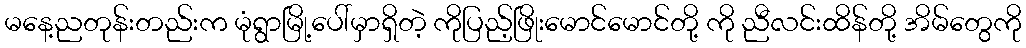
မနေ့ညတုန်းတည်းက မုံရွာမြို့ပေါ်မှာရှိတဲ့ ကိုပြည့်ဖြိုးမောင်မောင်တို့ ကို ညီလင်းထိန်တို့ အိမ်တွေကို